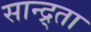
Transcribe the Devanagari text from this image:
सान्द्र्ता